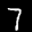
Label: 7